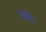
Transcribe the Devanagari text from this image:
वाचः